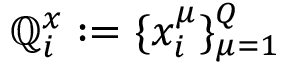
\mathbb { Q } _ { i } ^ { x } : = \{ x _ { i } ^ { \mu } \} _ { \mu = 1 } ^ { Q }